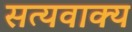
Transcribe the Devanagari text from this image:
सत्यवाक्य